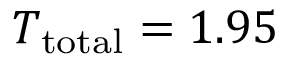
T _ { \mathrm { t o t a l } } = 1 . 9 5